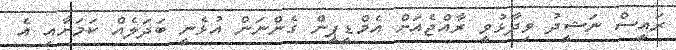
ރައީސް ނަޝީދު ވިދާޅުވީ ރާއްޖެއަށް އެމްޑީޕީން ގެންނަން އުޅެނީ ބަދަލެއް ކަމަށާއި އެ